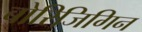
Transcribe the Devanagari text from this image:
बोरिजिगिन